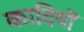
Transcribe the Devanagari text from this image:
कादियों